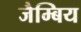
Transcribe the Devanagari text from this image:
जैम्बिय